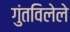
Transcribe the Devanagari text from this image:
गुंतविलेले